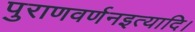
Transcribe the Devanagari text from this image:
पुराणवर्णनइत्यादि।